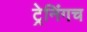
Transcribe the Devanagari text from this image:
ट्रेनिंगच